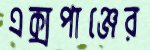
এক্সপাঞ্জের